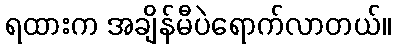
ရထားက အချိန်မီပဲရောက်လာတယ်။